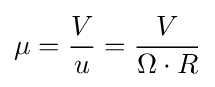
\mu ={\frac {V}{u}}={\frac {V}{\Omega \cdot R}}